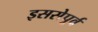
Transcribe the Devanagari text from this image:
इससेपूर्व